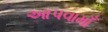
આપવામાઁ